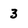
Character: 3